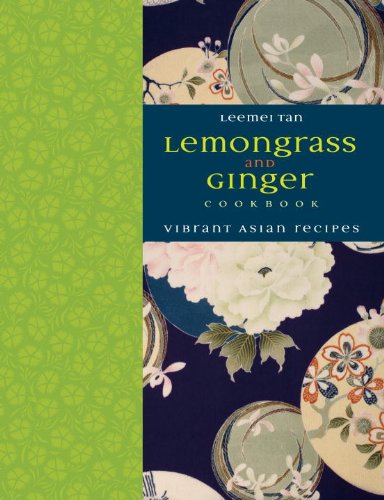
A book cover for Lemongrass and Ginger Cookbook: Vibrant Asian Recipes; Leemei Tan; Cookbooks, Food & Wine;